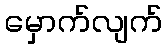
မှောက်လျက်